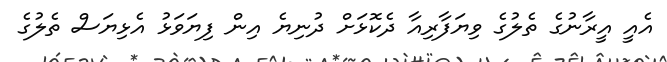
އެއީ އީރާނުގެ ތެލުގެ ވިޔަފާރިއާ ދެކޮޅަށް ދުނިޔެ އިން ފިޔަވަޅު އެޅިޔަސް ތެލުގެ